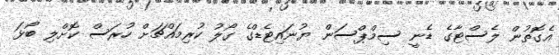
އެގޮތުން ލެސްޓާގެ ޑެނީ ސިމްޕްސަން ޔުނައިޓެޑްގެ ގޯލު ކުރިމައްޗަށް ހުރަސް ކޮށްލި ބޯޅަ